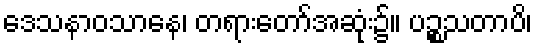
ဒေသနာဝသာနေ၊ တရားတော်အဆုံး၌။ ပဉ္စသတာပိ၊